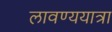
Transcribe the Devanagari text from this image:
लावण्ययात्रा